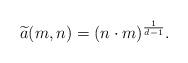
LaTeX: \begin{align*}\widetilde a(m,n)=(n\cdot m)^{\frac{1}{d-1}}.\end{align*}